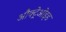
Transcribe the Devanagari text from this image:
औक्ट्रेओइड